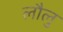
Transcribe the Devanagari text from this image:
लौलु